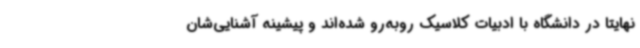
نهایتا در دانشگاه با ادبیات کلاسیک روبه‌رو شده‌اند و پیشینه آشنایی‌شان